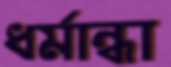
ধর্মান্ধা